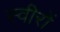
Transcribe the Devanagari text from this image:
स्वीरों